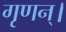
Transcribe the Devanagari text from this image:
गृणन्।